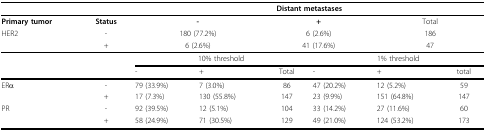
|  |  | <COLSPAN=6> Distant metastases |
 | --- | --- | --- | --- | --- | --- | --- | --- |
 | Primary tumor | Status | <COLSPAN=2> - | <COLSPAN=2> + | <COLSPAN=2> Total |
 | HER2 | - | <COLSPAN=2> 180 (77.2%) | <COLSPAN=2> 6 (2.6%) | <COLSPAN=2> 186 |
 |  | + | <COLSPAN=2> 6 (2.6%) | <COLSPAN=2> 41 (17.6%) | <COLSPAN=2> 47 |
 |  |  | <COLSPAN=3> 10% threshold | <COLSPAN=3> 1% threshold |
 |  |  | - | + | Total | - | + | total |
 | ERα | - | 79 (33.9%) | 7 (3.0%) | 86 | 47 (20.2%) | 12 (5.2%) | 59 |
 |  | + | 17 (7.3%) | 130 (55.8%) | 147 | 23 (9.9%) | 151 (64.8%) | 147 |
 | PR | - | 92 (39.5%) | 12 (5.1%) | 104 | 33 (14.2%) | 27 (11.6%) | 60 |
 |  | + | 58 (24.9%) | 71 (30.5%) | 129 | 49 (21.0%) | 124 (53.2%) | 173 |